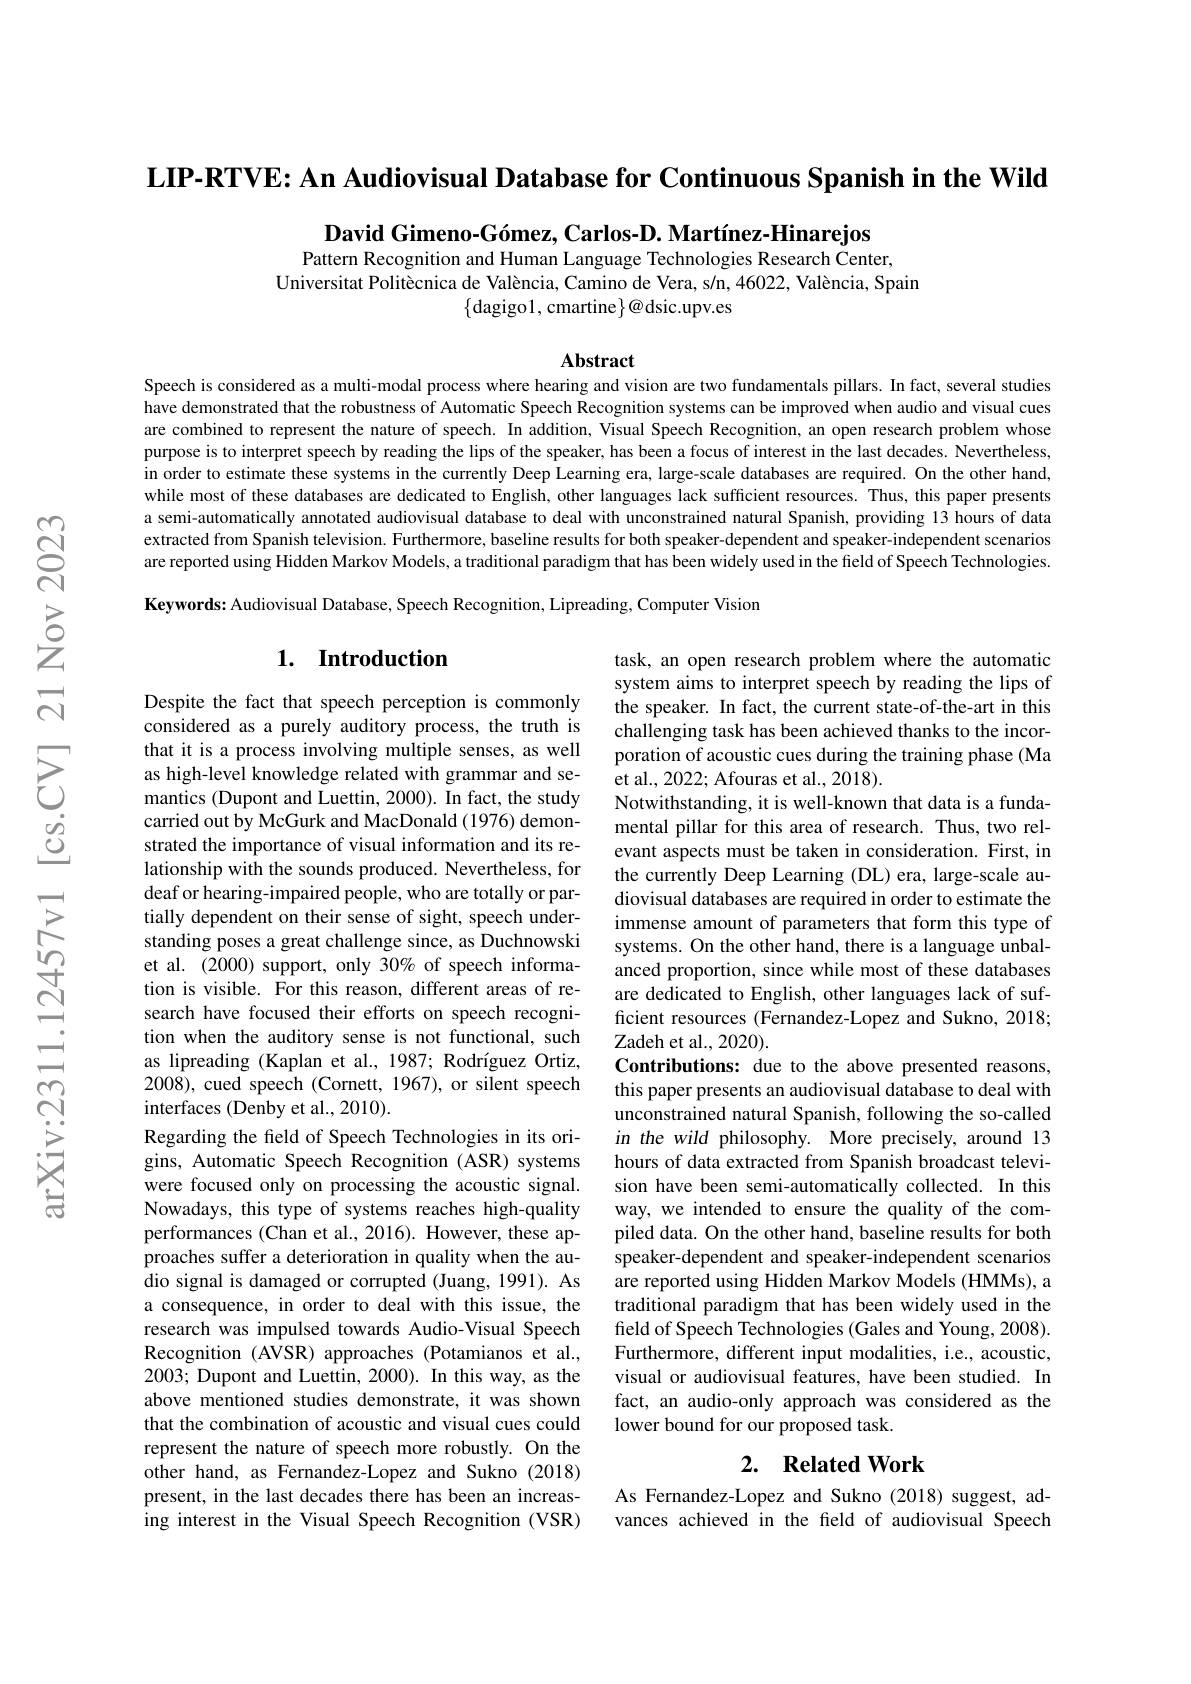
LIP-RTVE: An Audiovisual Database for Continuous Spanish in the Wild

David Gimeno-Gómez, Carlos-D. Martínez-Hinarejos

Pattern Recognition and Human Language Technologies Research Center,
Universitat Politècnica de València, Camino de Vera, s/n, 46022, València, Spain
$\{$dagigo1,cmartine$\}@$dsic.upv.es

Abstract

Speech is considered as a multi-modal process where hearing and vision are two fundamentals pillars. In fact, several studies have demonstrated that the robustness of Automatic Speech Recognition systems can be improved when audio and visual cues are combined to represent the nature of speech. In addition, Visual Speech Recognition, an open research problem whose purpose is to interpret speech by reading the lips of the speaker, has been a focus of interest in the last decades. Nevertheless, in order to estimate these systems in the currently Deep Learning era, large-scale databases are required. On the other hand, while most of these databases are dedicated to English, other languages lack sufficient resources. Thus, this paper presents a semi-automatically annotated audiovisual database to deal with unconstrained natural Spanish, providing 13 hours of data extracted from Spanish television. Furthermore, baseline results for both speaker-dependent and speaker-independent scenarios are reported using Hidden Markov Models, a traditional paradigm that has been widely used in the field of Speech Technologies.

Keywords: Audiovisual Database, Speech Recognition, Lipreading, Computer Vision

## 1. Introduction

task, an open research problem where the automatic system aims to interpret speech by reading the lips of the speaker. In fact, the current state-of-the-art in this challenging task has been achieved thanks to the incorporation of acoustic cues during the training phase (Ma et al., 2022; Afouras et al., 2018).
Notwithstanding, it is well-known that data is a fundamental pillar for this area of research. Thus, two relevant aspects must be taken in consideration. First, in the currently Deep Learning (DL) era, large-scale audiovisual databases are required in order to estimate the immense amount of parameters that form this type of systems. On the other hand, there is a language unbalanced proportion, since while most of these databases are dedicated to English, other languages lack of sufficient resources (Fernandez-Lopez and Sukno, 2018; Zadeh et al., 2020).
Contributions: due to the above presented reasons, this paper presents an audiovisual database to deal with unconstrained natural Spanish, following the so-called in the wild philosophy. More precisely, around 13 hours of data extracted from Spanish broadcast television have been semi-automatically collected. In this way, we intended to ensure the quality of the compiled data. On the other hand, baseline results for both speaker-dependent and speaker-independent scenarios are reported using Hidden Markov Models (HMMs), a traditional paradigm that has been widely used in the field of Speech Technologies (Gales and Young, 2008). Furthermore, different input modalities, i.e., acoustic, visual or audiovisual features, have been studied. In fact, an audio-only approach was considered as the lower bound for our proposed task.
2. Related Work

Despite the fact that speech perception is commonly considered as a purely auditory process, the truth is that it is a process involving multiple senses, as well as high-level knowledge related with grammar and semantics (Dupont and Luettin, 2000). In fact, the study carried out by McGurk and MacDonald (1976) demonstrated the importance of visual information and its relationship with the sounds produced. Nevertheless, for deaf or hearing-impaired people, who are totally or partially dependent on their sense of sight, speech understanding poses a great challenge since, as Duchnowski et al. (2000) support, only 30% of speech information is visible. For this reason, different areas of research have focused their efforts on speech recognition when the auditory sense is not functional, such as lipreading (Kaplan et al., 1987; Rodríguez Ortiz, 2008), cued speech (Cornett, 1967), or silent speech interfaces (Denby et al., 2010).
Regarding the feld of Speech Technologies in its origins, Automatic Speech Recognition (ASR) systems were focused only on processing the acoustic signal. Nowadays, this type of systems reaches high-quality performances (Chan et al., 2016). However, these approaches suffer a deterioration in quality when the audio signal is damaged or corrupted (Juang, 1991). As a consequence, in order to deal with this issue, the research was impulsed towards Audio-Visual Speech Recognition (AVSR) approaches (Potamianos et al., 2003; Dupont and Luettin, 2000). In this way, as the above mentioned studies demonstrate, it was shown that the combination of acoustic and visual cues could represent the nature of speech more robustly. On the other hand, as Fernandez-Lopez and Sukno (2018) present, in the last decades there has been an increasing interest in the Visual Speech Recognition (VSR)

As Fernandez-Lopez and Sukno (2018) suggest, advances achieved in the field of audiovisual Speech